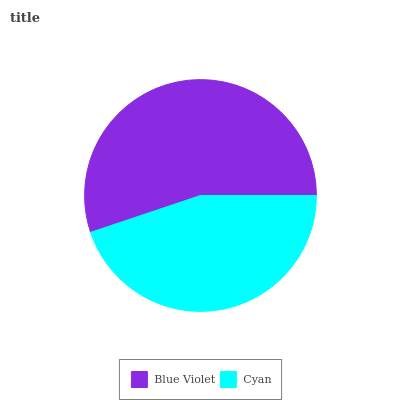
| Blue Violet | Cyan |
 | --- | --- |
 | 55.2% | 44.8% |